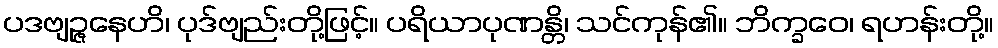
ပဒဗျဉ္ဇနေဟိ၊ ပုဒ်ဗျည်းတို့ဖြင့်။ ပရိယာပုဏန္တိ၊ သင်ကုန်၏။ ဘိက္ခဝေ၊ ရဟန်းတို့။